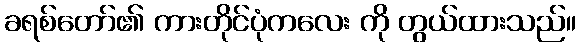
ခရစ်တော်၏ ကားတိုင်ပုံကလေး ကို တွယ်ထားသည်။